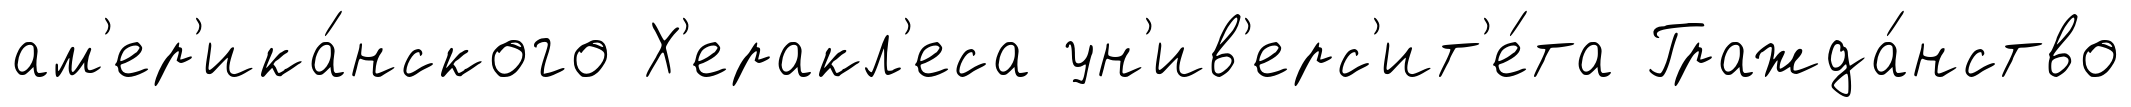
ам'ер'ика́нского Х'еракл'еса ун'ив'ерс'ит'е́та Гражда́нство